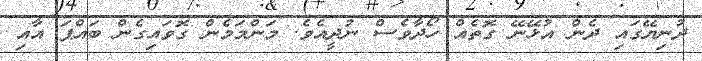
ދުނިޔޭގައި ދެން އުޅޭނޭ ގޮތެއް ހޯދާވެސް ނުދީއެވެ. މަންމަމެން ގޮވައިގެން ބައްޕަ އާއި